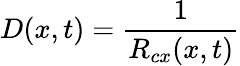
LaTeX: D(x,t)=\frac{1}{R_{cx}(x,t)}